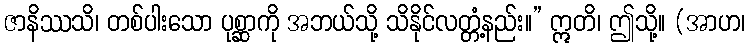
ဇာနိဿသိ၊ တစ်ပါးသော ပုစ္ဆာကို အဘယ်သို့ သိနိုင်လတ္တံ့နည်း။” ဣတိ၊ ဤသို့။ (အာဟ၊